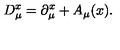
D _ { \mu } ^ { x } = \partial _ { \mu } ^ { x } + A _ { \mu } ( x ) .